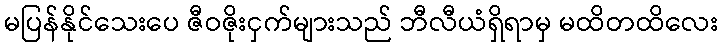
မပြန်နိုင်သေးပေ ဇီဝဇိုးငှက်များသည် ဘီလီယံရှိရာမှ မထိတထိလေး